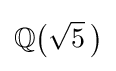
\mathbb {Q} {\bigl (}{\sqrt {5}}~\!{\bigr )}